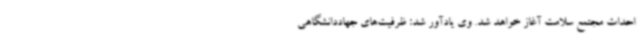
احداث مجتمع سلامت آغاز خواهد شد. وی یادآور شد: ظرفیت‌های جهاددانشگاهی